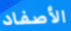
الأصفاد